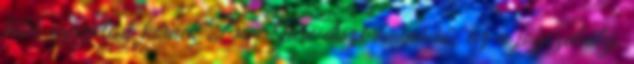
több igazolást kérnek De Jure diszkrimináció: az a jogszabály,